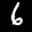
Label: 6